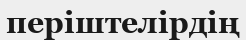
періштелірдің